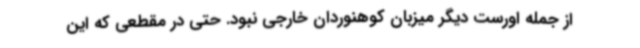
از جمله اورست دیگر میزبان کوهنوردان خارجی نبود. حتی در مقطعی که این